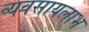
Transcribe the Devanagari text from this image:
व्यवसायलाभ